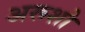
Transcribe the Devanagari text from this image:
अरूशो